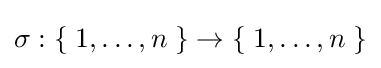
\sigma :\{\;1,\ldots ,n\;\}\to \{\;1,\ldots ,n\;\}